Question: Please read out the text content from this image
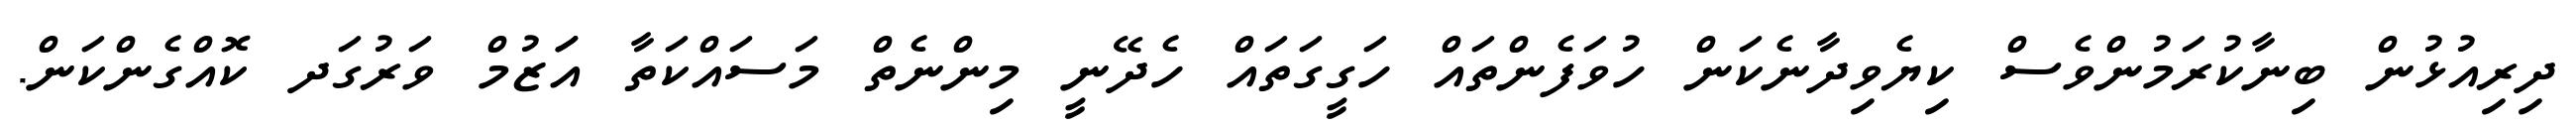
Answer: ދިރިއުޅުން ބިނާކުރަމުންވެސް ކިޔެވިދާނެކަން ހުވަފެންތައް ހަގީގަތައް ހެދޭނީ މިންނެތް މަސައްކަތާ އަަޒުމް ވަރުގަދ ކޮއްގެންކަން.